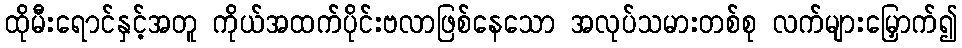
ထိုမီးရောင်နှင့်အတူ ကိုယ်အထက်ပိုင်းဗလာဖြစ်နေသော အလုပ်သမားတစ်စု လက်များမြှောက်၍